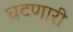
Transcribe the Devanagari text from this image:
घटणारी